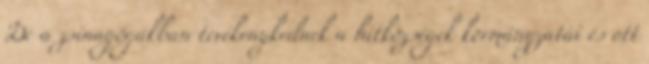
De a zsinagógákban tevékenykednek a hitközségek kormányzatai és ott